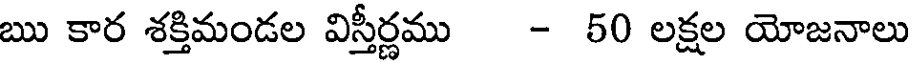
ఋ కార శక్తిమండల విస్తీర్ణము - 50 లక్షల యోజనాలు